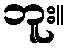
ဘူး။